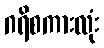
ဂရိစကားလုံး